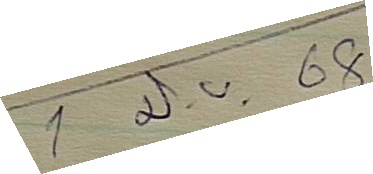
1 มิ.ย. 68